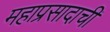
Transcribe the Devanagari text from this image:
महाप्रसादाची